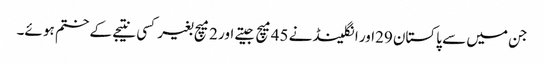
جن میں سے پاکستان 29اور انگلینڈ نے 45میچ جیتے اور 2میچ بغیر کسی نتیجے کے ختم ہو ئے۔